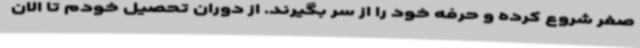
صفر شروع کرده و حرفه خود را از سر بگیرند. از دوران تحصیل خودم تا الان